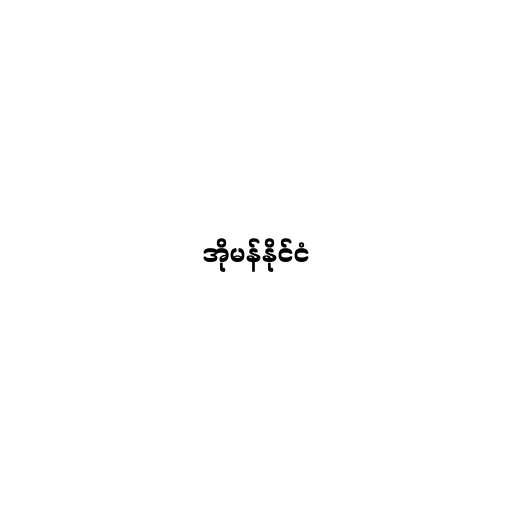
အိုမန်နိုင်ငံ